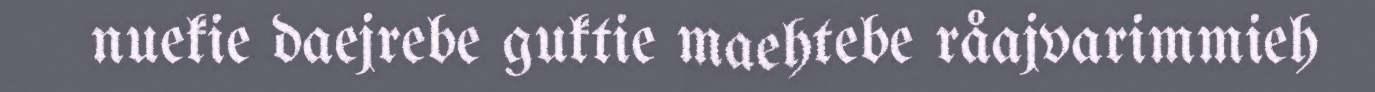
nuekie daejrebe guktie maehtebe råajvarimmieh